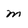
Character: m